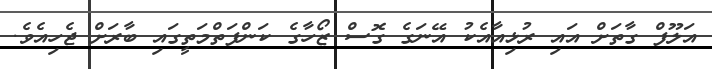
އަލޫފް ގާތަށް އައި ރުޅިއާއެކު އޭނަގެ ގޮސް ޒޯހާގެ ކަންފަތްމަތީގައި ބާރަށް ޖެހިއެވެ.